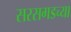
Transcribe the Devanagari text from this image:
सरसगडच्या